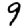
Digit: 9